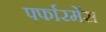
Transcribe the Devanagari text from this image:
र्फ्फारमेंस